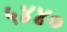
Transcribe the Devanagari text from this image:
५४४०